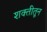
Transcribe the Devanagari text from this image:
शक्तीतून